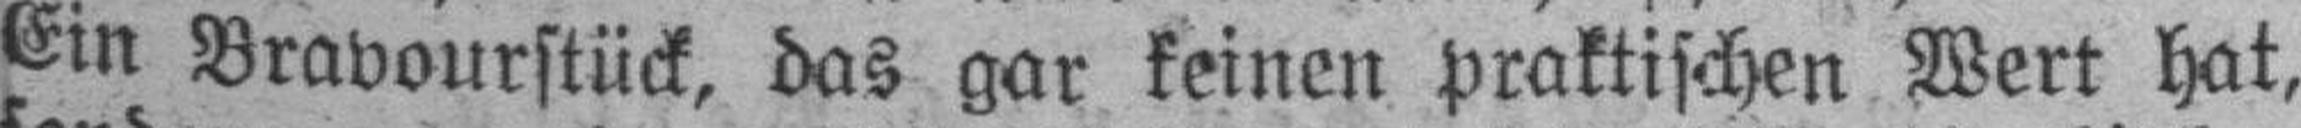
Ein Bravourstück, das gar keinen praktischen Wert hat,